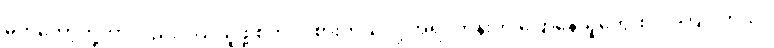
မက်ကော့တို့ဟာလည်း ဝယ်ယူဖို့ စိတ်ဝင်စားတယ်လို့ အရင်တုန်းက ပြောနေသူတွေထဲ ပါကြပါတယ်။